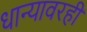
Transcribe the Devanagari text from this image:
धान्यावरही